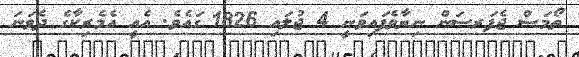
ތޯމަސް ޖެފަރސަން ނިޔާވެފައިވަނީ 4 ޖުލައި 1826 ގައެވެ. އެއީ އެމެރިކާގެ ދެވަނަ